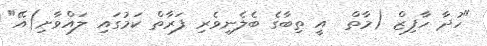
"ހުދާ ހާފިޒް (މާތް  އީ ތިބާގެ ބެލެނިވެރި ފަރާތް ކަމުގައި ލައްވާށި)އޭ"